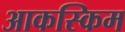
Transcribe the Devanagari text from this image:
आकस्किम